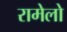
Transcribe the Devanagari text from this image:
रामेलो